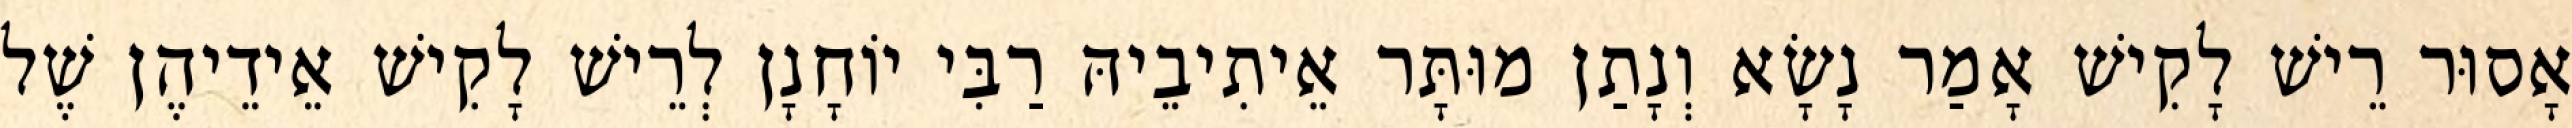
אָסוּר רֵישׁ לָקִישׁ אָמַר נָשָׂא וְנָתַן מוּתָּר אֵיתִיבֵיהּ רַבִּי יוֹחָנָן לְרֵישׁ לָקִישׁ אֵידֵיהֶן שֶׁל